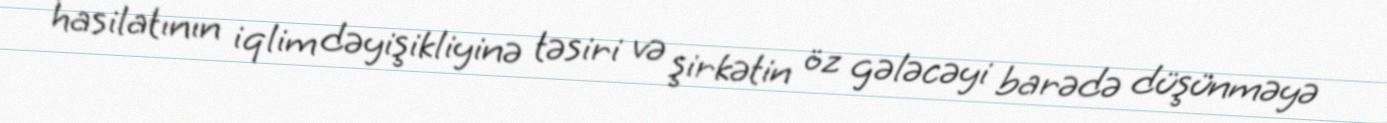
hasilatının iqlim dəyişikliyinə təsiri və şirkətin öz gələcəyi barədə düşünməyə